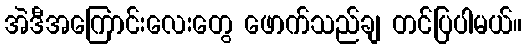
အဲဒီအကြောင်းလေးတွေ ဖောက်သည်ချ တင်ပြပါမယ်။